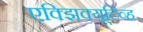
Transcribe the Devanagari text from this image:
एक्झिक्यूटिव्ह